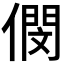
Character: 𠎓